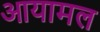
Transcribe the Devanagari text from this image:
आयामल